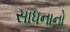
સાધનાનો